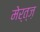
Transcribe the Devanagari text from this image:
मेर्त्ज़